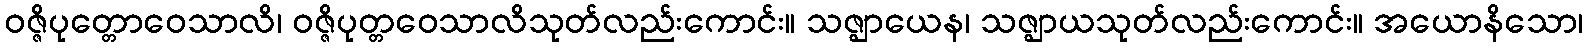
ဝဇ္ဇိပုတ္တောဝေသာလိ၊ ဝဇ္ဇိပုတ္တဝေသာလိသုတ်လည်းကောင်း။ သဇ္ဈာယေန၊ သဇ္ဈာယသုတ်လည်းကောင်း။ အယောနိသော၊